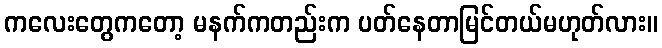
ကလေးတွေကတော့ မနက်ကတည်းက ပတ်နေတာမြင်တယ်မဟုတ်လား။